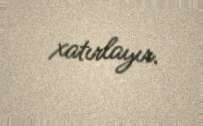
xatırlayır.